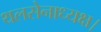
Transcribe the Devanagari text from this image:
थलसेनाध्यक्ष।